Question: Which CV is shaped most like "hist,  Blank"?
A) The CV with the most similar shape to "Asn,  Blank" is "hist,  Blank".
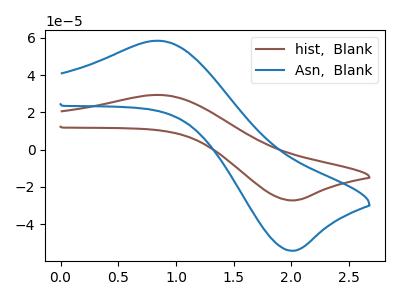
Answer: <think>The brown curve "hist,  Blank" has an anodic peak at (0.85V, 29.40uA) and a cathodic peak at (2.00V, -27.30uA). The blue curve "Asn,  Blank" has an anodic peak at (0.85V, 58.45uA) and a cathodic peak at (2.00V, -54.30uA).
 All the peaks in "hist,  Blank" have a peak in "Asn,  Blank" at the same potential. Every peak in "hist,  Blank" is lower than every peak in "Asn,  Blank".</think>
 <answer>A) The CV with the most similar shape to "Asn,  Blank" is "hist,  Blank".</answer>
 <eval>A</eval>